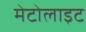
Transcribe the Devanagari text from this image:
मेटोलाइट